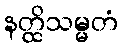
နတ္ထိသမ္မတံ